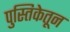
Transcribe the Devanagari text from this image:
पुस्तिकेतून